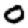
Digit: 0